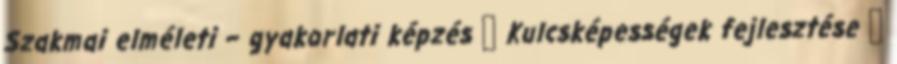
Szakmai elméleti – gyakorlati képzés  Kulcsképességek fejlesztése 